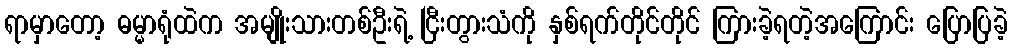
ရာမှာတော့ ဓမ္မာရုံထဲက အမျိုးသားတစ်ဦးရဲ့ ငြီးတွားသံကို နှစ်ရက်တိုင်တိုင် ကြားခဲ့ရတဲ့အကြောင်း ပြောပြခဲ့